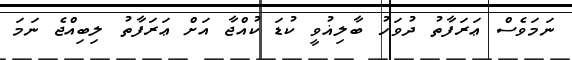
ނަމަވެސް ޢަރަފާތު ދުވަހު ބާލިޣުވީ ކުޑަ ކުއްޖާ އަށް ޢަރަފާތު ލިބިއްޖެ ނަމަ